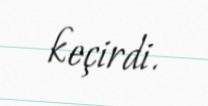
keçirdi.